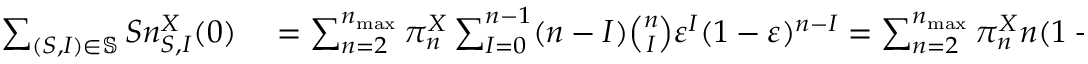
\begin{array} { r l } { \sum _ { ( S , I ) \in \mathbb { S } } S n _ { S , I } ^ { X } ( 0 ) } & { { } = \sum _ { n = 2 } ^ { n _ { \operatorname* { m a x } } } \pi _ { n } ^ { X } \sum _ { I = 0 } ^ { n - 1 } ( n - I ) \binom { n } { I } \varepsilon ^ { I } ( 1 - \varepsilon ) ^ { n - I } = \sum _ { n = 2 } ^ { n _ { \operatorname* { m a x } } } \pi _ { n } ^ { X } n ( 1 - \varepsilon ) } \end{array}